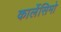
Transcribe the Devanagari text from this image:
कार्लेसिमो